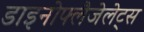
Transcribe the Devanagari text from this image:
डाइनोफ्लैजेलेट्स